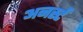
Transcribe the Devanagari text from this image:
अनर्स्टं